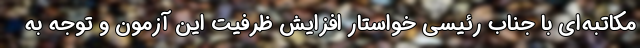
مکاتبه‌ای با جناب رئیسی خواستار افزایش ظرفیت این آزمون و توجه به